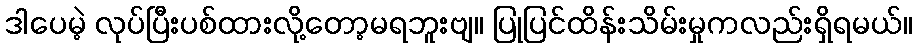
ဒါပေမဲ့ လုပ်ပြီးပစ်ထားလို့တော့မရဘူးဗျ။ ပြုပြင်ထိန်းသိမ်းမှုကလည်းရှိရမယ်။